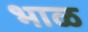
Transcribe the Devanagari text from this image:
भाळ